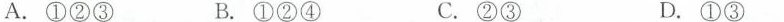
A.①②③ B.①②④ C.②③ D.①③